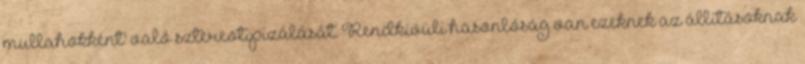
mullahokként' való sztereotipizálását. Rendkívüli hasonlóság van ezeknek az állításoknak